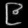
Digit: ၉